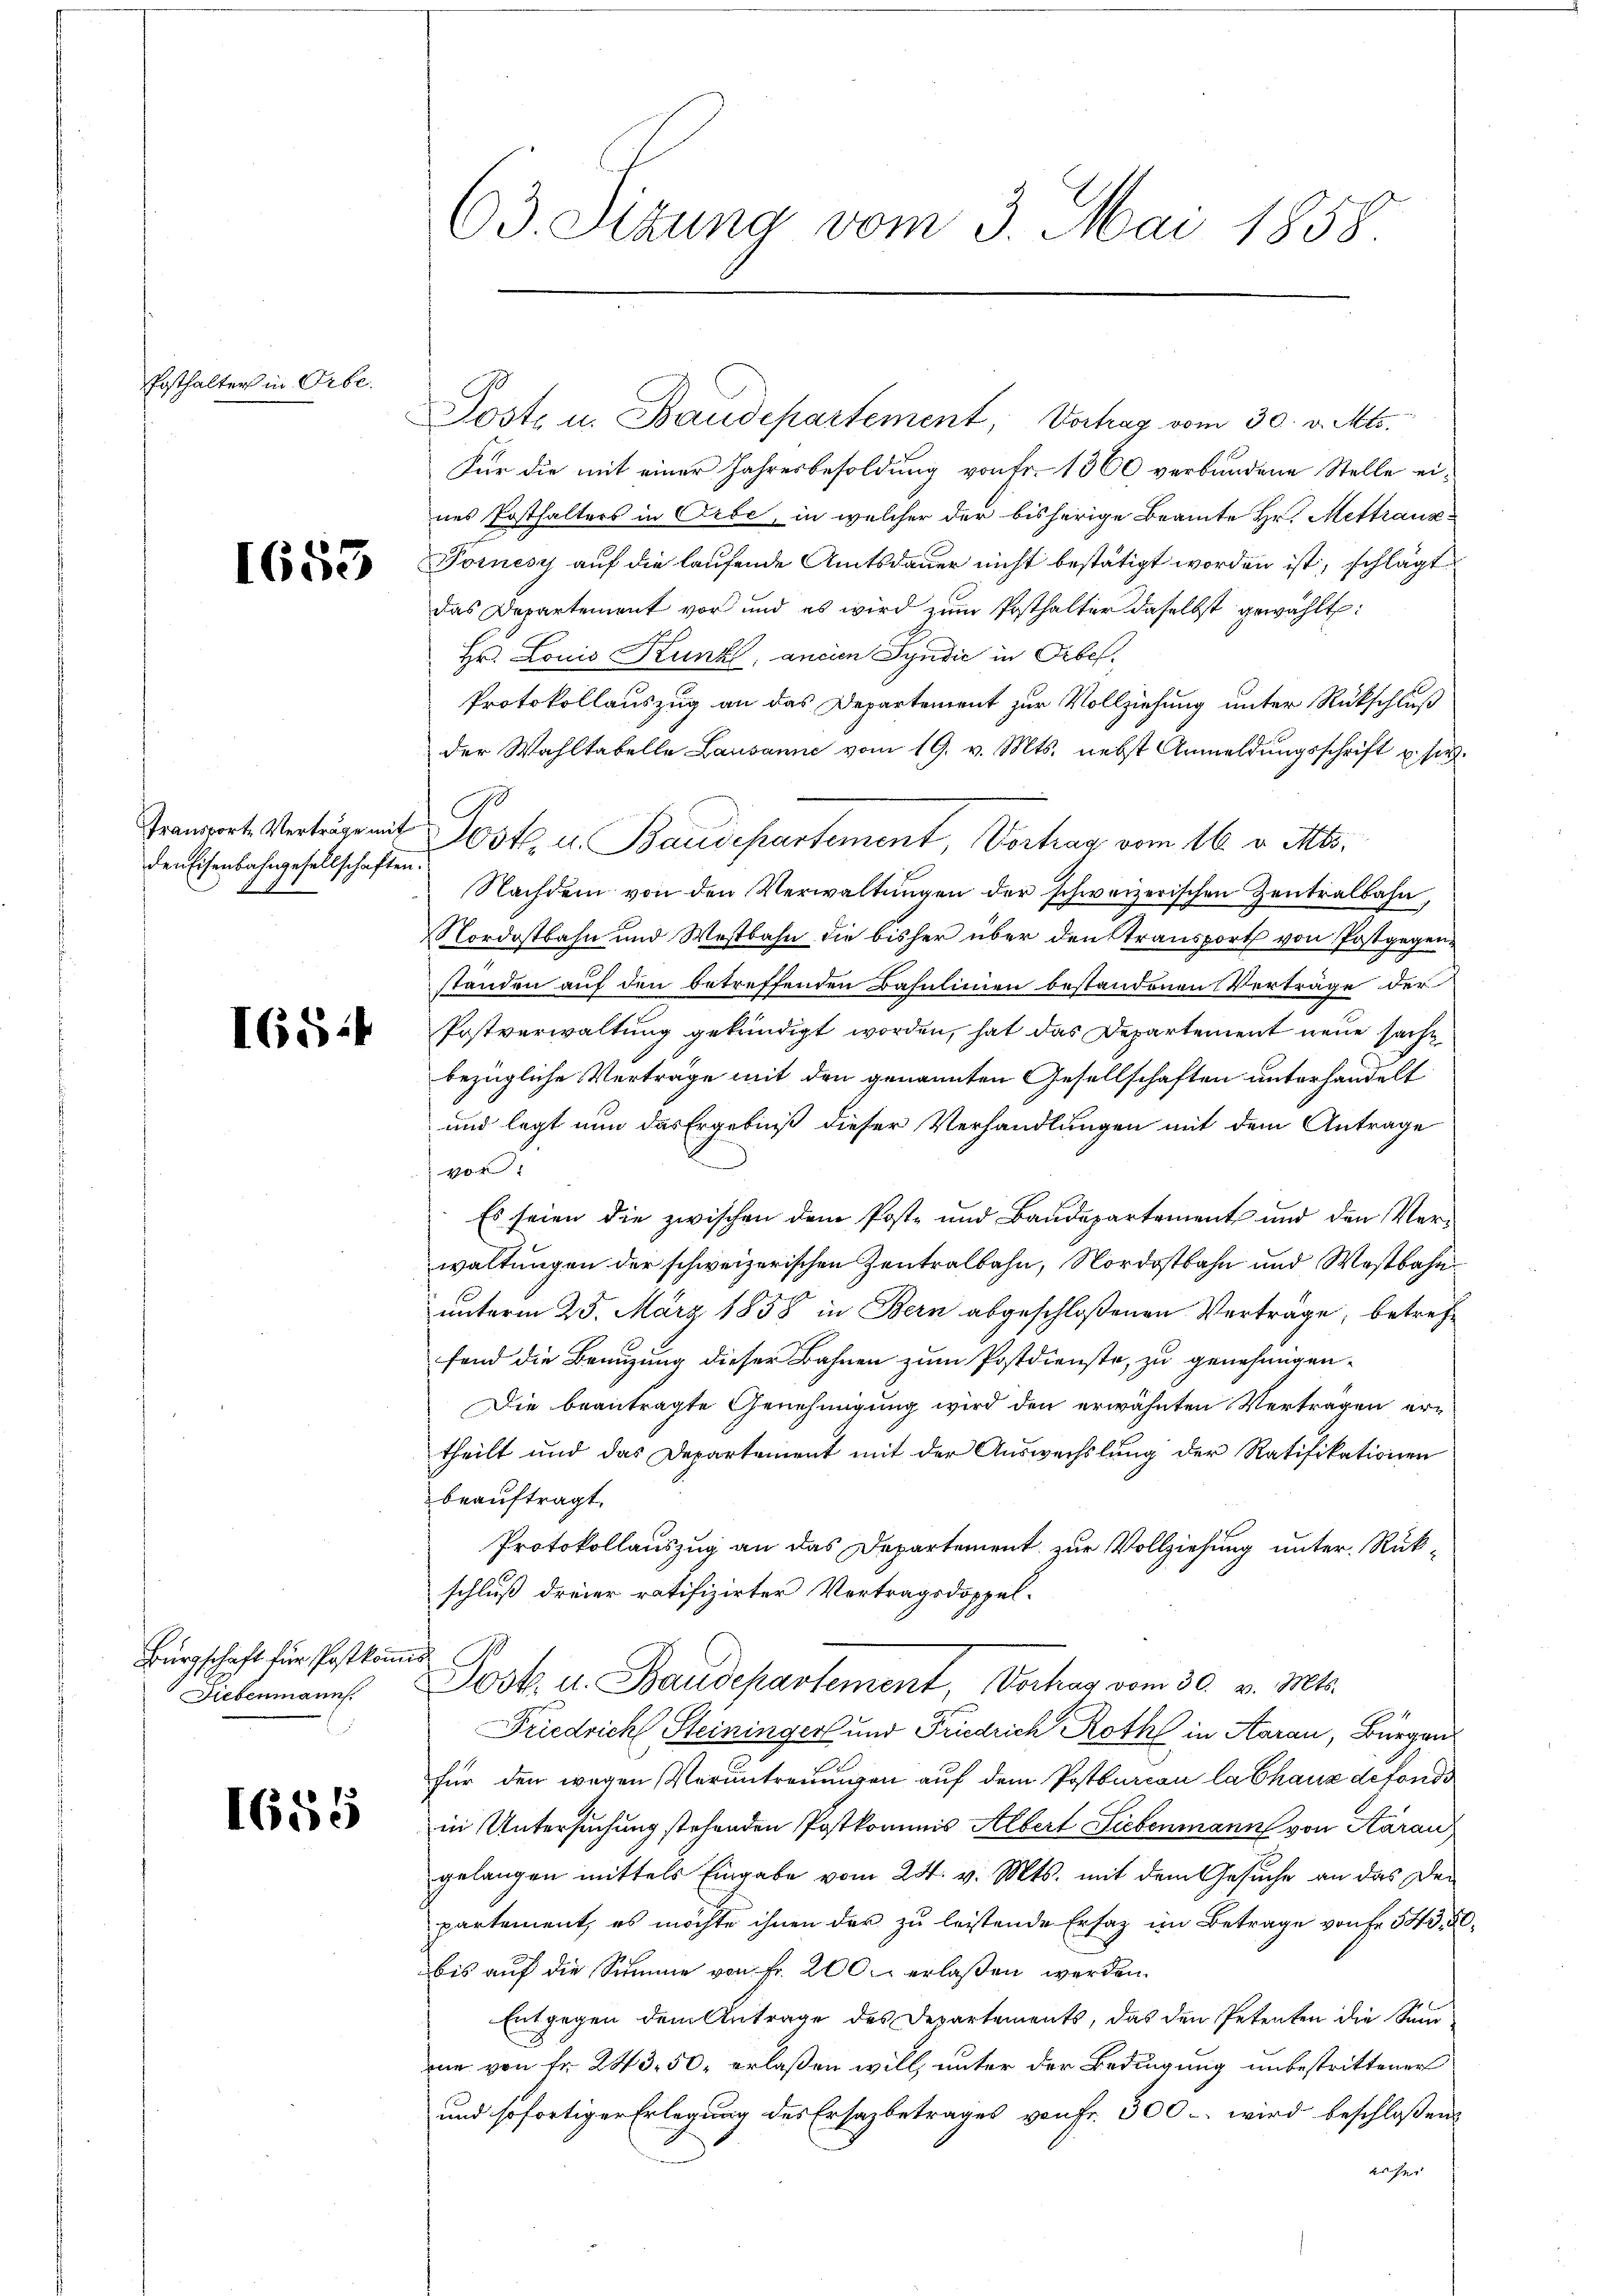
Posthalter in Orbe.

Transporte Verträge mit
den Eisenbahngesellschaften.

IG54

Bürgschaft für Postkommis
Fiebenmann.

1655

63. Sizung vom 3. Mai 1858.

Poste u. Baudepartement, Vortrag vom 30. v. Mts.
Für die mit einer Jahresbesoldung von Fr. 1360 verbundene Stelle eines Posthalters in Orbe, in welcher der bisherige Beamte Hr. Mettrauz¬
2 Pomesy auf die laufende Amtsdauer nicht bestätigt worden ist, schlägt
das Departement vor und es wird zŭm Posthalter daselbst gewählt:
Hr. Louis Kunk, ancien Syndić in Orbef¬
Protokollauszug an das Departement zur Vollziehung unter Rückschluß
der Wahltabelle Lausanne vom 19. v. Mts. nebst Anmeldungsschrift u. s.
Jost, u. Baudepartement Vortrag vom 16. v. Mts.
Nachdem von den Verwaltungen der schweizerischen Zentralbahn,
Nordostbahn und Westbahn die bisher über den Stransport von Postgegenständen auf den betreffenden Bahnlinien bestandenen Verträge der
Postverwaltung gekündigt worden, hat das Departement neue sache
bezügliche Verträge mit den genannten Gesellschaften unterhandelt
und legt nun das Ergebniß dieser Verhandlungen mit dem Antrage
vor
Es seien die zwischen dem Post- und Baudepartement und den Ver-
waltungen der schweizerischen Zentralbahn, Nordostbahn und Westbahn
unterm 25. März 1858 in Bern abgeschloßenen Verträge, betreffend die Benuzung dieser Bahnen zum Postdienste, zu genehmigen-
Die beantragte Genehmigung wird den erwähnten Vertragen ertheilt und das Departement mit der Auswechslung der Ratifikationen
beauftragt.
Protokollauszug an das Departement zur Vollziehung unter Rükschluß dreier ratifizirter Vertragsdoppel¬
Josk. u. Baudepartement, Vorhag vom 30. v. Mts.
Friedrich Steininger und Friedrich Roth in Aarau, Bürger
für den wegen Verantreuungen auf dem Postburcon la Chaux de fondi
in Untersuchung stehenden Postkommis Albert Liebenmann von Aarau
gelangen mittels Eingabe vom 24. v. Mts. mit dem Gesuche an das De-
partement, es möchte ihnen der zu leistende Erfaz im Betrage von fr. 543. 4.
bis auf die Summe von Fr. 200. erlaßen werden.
Entgegen dem Antrage des Departements, das den Petenten die Sum
me von Fr. 243. 50. erlaßen will, unter der Bedingung unbestrittener
und sofortiger Erlegung des Ersazbetrages von fr. 300. wird beschloßen
es sei